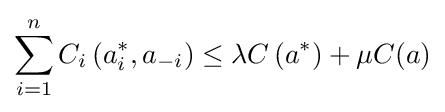
\sum _{i=1}^{n}C_{i}\left(a_{i}^{*},a_{-i}\right)\leq \lambda C\left(a^{*}\right)+\mu C(a)